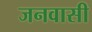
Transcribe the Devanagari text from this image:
जनवासी